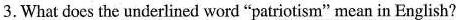
3.What does the underlined word "patriotism" mean in English?